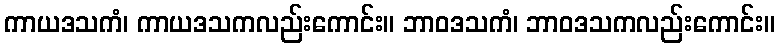
ကာယဒသကံ၊ ကာယဒသကလည်းကောင်း။ ဘာဝဒသကံ၊ ဘာဝဒသကလည်းကောင်း။